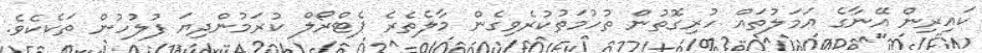
ކައިރިން އޭނާގެ އަމަލުތައް ހުރިގޮތުން ތުހުމަތުކުރެވިގެން މާލެތެރެ ޕެޓްރޯލް ކުރަމުންދިޔަ ފުލުހުން ތަކެކެވެ.